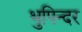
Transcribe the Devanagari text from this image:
भुपिन्दर